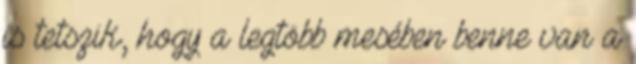
is tetszik, hogy a legtöbb mesében benne van a